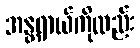
အန္တရာယ်ကိုလည်း